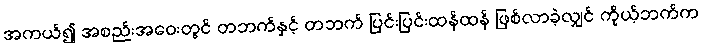
အကယ်၍ အစည်းအဝေးတွင် တဘက်နှင့် တဘက် ပြင်းပြင်းထန်ထန် ဖြစ်လာခဲ့လျှင် ကိုယ့်ဘက်က